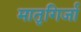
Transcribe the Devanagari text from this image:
मातृगिर्जा